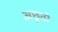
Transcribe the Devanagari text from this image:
अछूतो